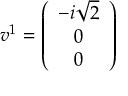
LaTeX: v ^ { 1 } = \left( \begin{array} { c } { { - i \sqrt { 2 } } } \\ { { 0 } } \\ { { 0 } } \end{array} \right)